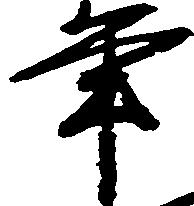
年